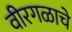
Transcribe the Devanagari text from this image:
वीरगळाचे